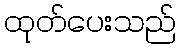
ထုတ်ပေးသည်